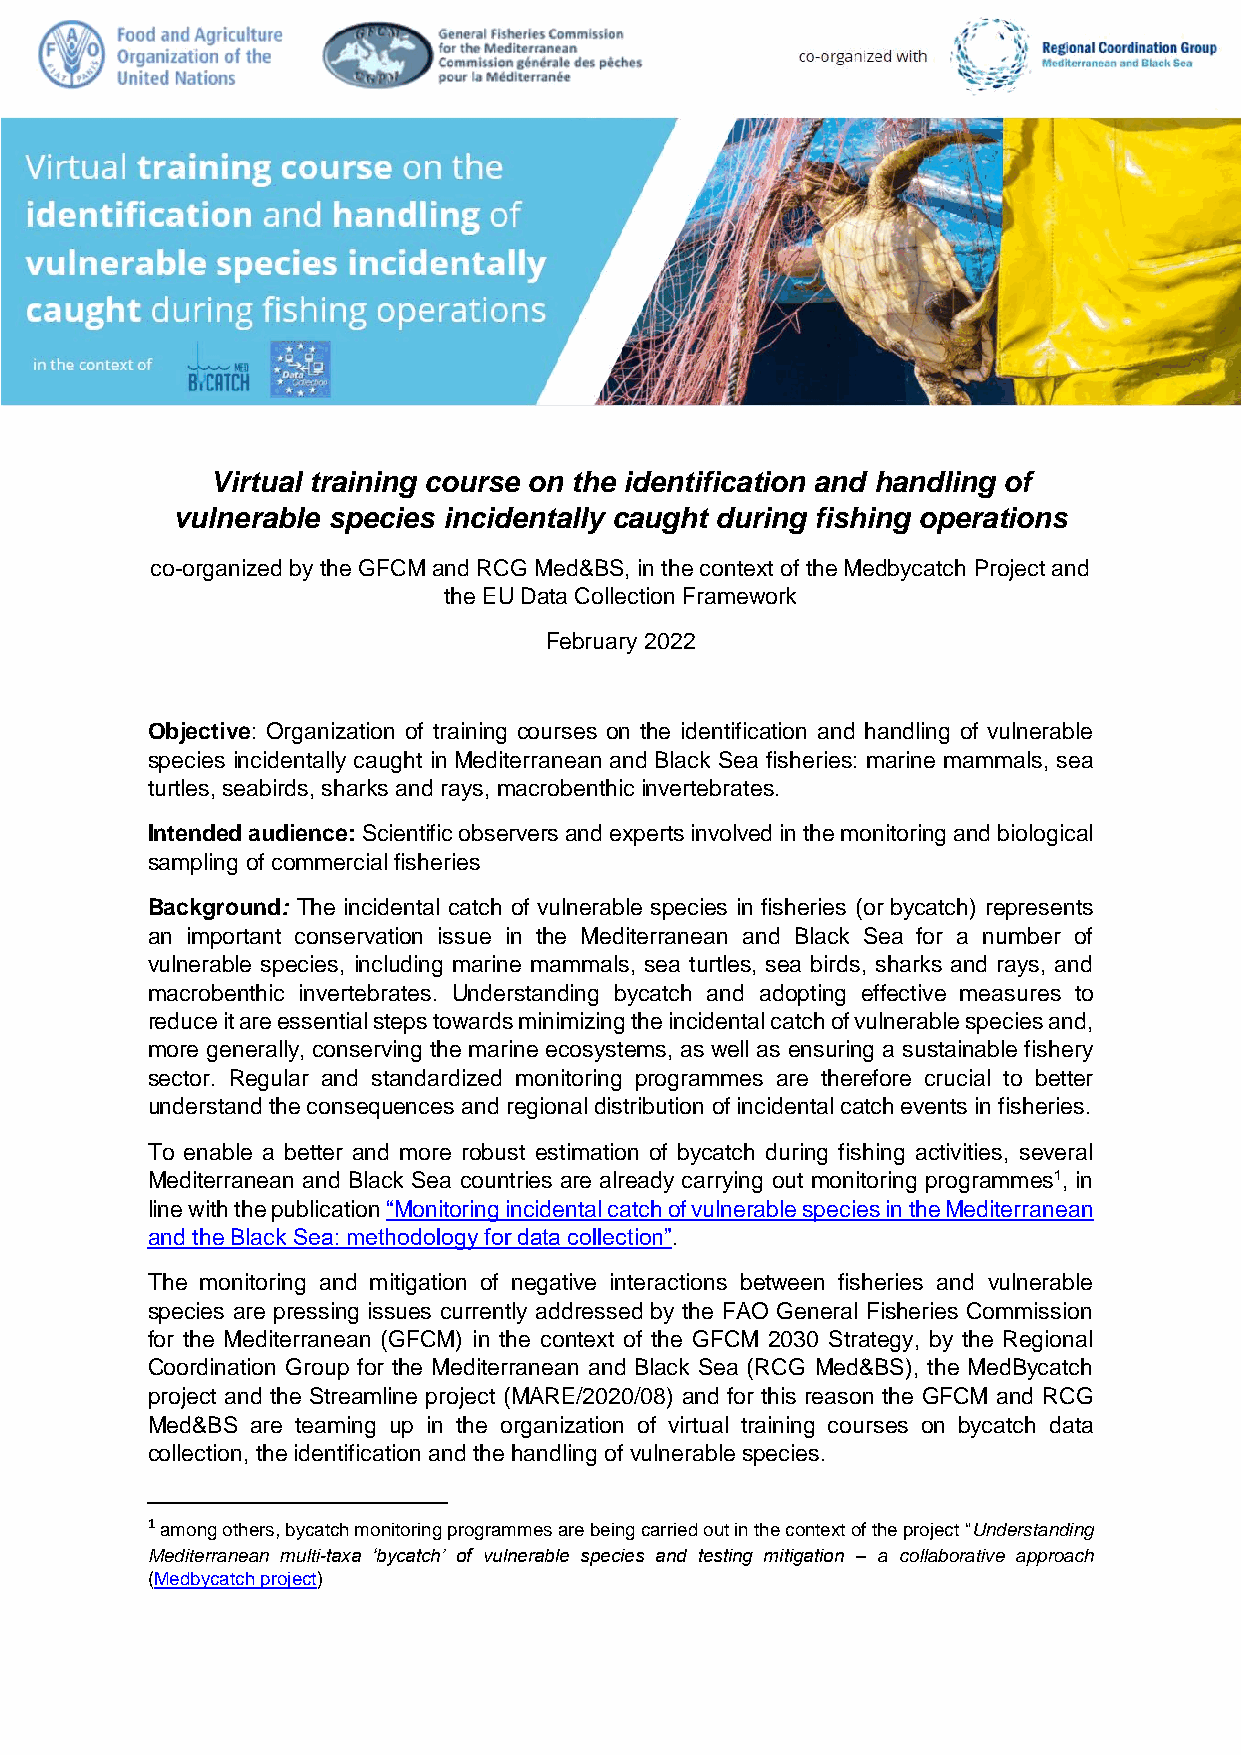
Virtual training course on the identification and handling of
 vulnerable species incidentally caught during fishing operations
 co-organized by the GFCM and RCG Med&BS, in the context of the Medbycatch Project and
 the EU Data Collection Framework
 February 2022
 Objective: Organization of training courses on the identification and handling of vulnerable
 species incidentally caught in Mediterranean and Black Sea fisheries: marine mammals, sea
 turtles, seabirds, sharks and rays, macrobenthic invertebrates.
 Intended audience: Scientific observers and experts involved in the monitoring and biological
 sampling of commercial fisheries
 Background: The incidental catch of vulnerable species in fisheries (or bycatch) represents
 an important conservation issue in the Mediterranean and Black Sea for a number of
 vulnerable species, including marine mammals, sea turtles, sea birds, sharks and rays, and
 macrobenthic invertebrates. Understanding bycatch and adopting effective measures to
 reduce it are essential steps towards minimizing the incidental catch of vulnerable species and,
 more generally, conserving the marine ecosystems, as well as ensuring a sustainable fishery
 sector. Regular and standardized monitoring programmes are therefore crucial to better
 understand the consequences and regional distribution of incidental catch events in fisheries.
 To enable a better and more robust estimation of bycatch during fishing activities, several
 Mediterranean and Black Sea countries are already carrying out monitoring programmes1, in
 line with the publication “Monitoring incidental catch of vulnerable species in the Mediterranean
 and the Black Sea: methodology for data collection”.
 The monitoring and mitigation of negative interactions between fisheries and vulnerable
 species are pressing issues currently addressed by the FAO General Fisheries Commission
 for the Mediterranean (GFCM) in the context of the GFCM 2030 Strategy, by the Regional
 Coordination Group for the Mediterranean and Black Sea (RCG Med&BS), the MedBycatch
 project and the Streamline project (MARE/2020/08) and for this reason the GFCM and RCG
 Med&BS are teaming up in the organization of virtual training courses on bycatch data
 collection, the identification and the handling of vulnerable species.
 1 among others, bycatch monitoring programmes are being carried out in the context of the project “Understanding
 Mediterranean multi-taxa ‘bycatch’ of vulnerable species and testing mitigation – a collaborative approach
 (Medbycatch project)